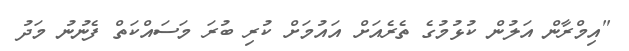
"އިމްރާން އަލުން ކުޅުމުގެ ތެރެއަށް އައުމަށް ކުރި ބުރަ މަސައްކަތް ފެނުނު މަދު